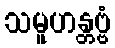
သမူဟန္တဗ္ဗံ